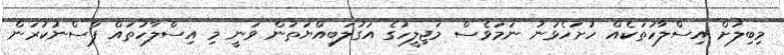
މިބިލަށް އިސްލާހުތަކެއް ހުށަހެޅުނު ނަމަވެސް މަޖިލީހުގެ އަގުލަބިއްޔަތުން ވަނީ މި އިސްލާހުތައް ފާސްނުކުރަން